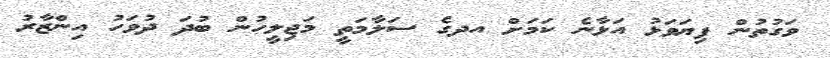
ވަގުތުން ފިޔަވަޅު އަޅާނެ ކަމަށް އދގެ ސަލާމަތީ މަޖިލީހުން ބުދަ ދުވަހު އިންޒާރު